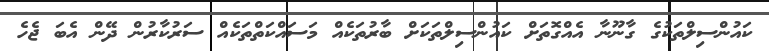
ކައުންސިލްތަކުގެ ގާނޫނާ އެއްގޮތަށް ކައުންސިލްތަކަށް ބާރުތަކެއް މަސައްކަތްތަކެއް ސަރުކާރުން ދޭން އެބަ ޖެހެ